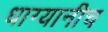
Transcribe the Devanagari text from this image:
धाग्यानीच